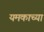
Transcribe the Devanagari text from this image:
यमकाच्या